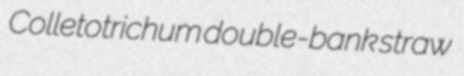
Colletotrichum double-bank straw